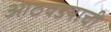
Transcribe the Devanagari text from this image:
आठवडयाची